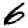
Digit: 6